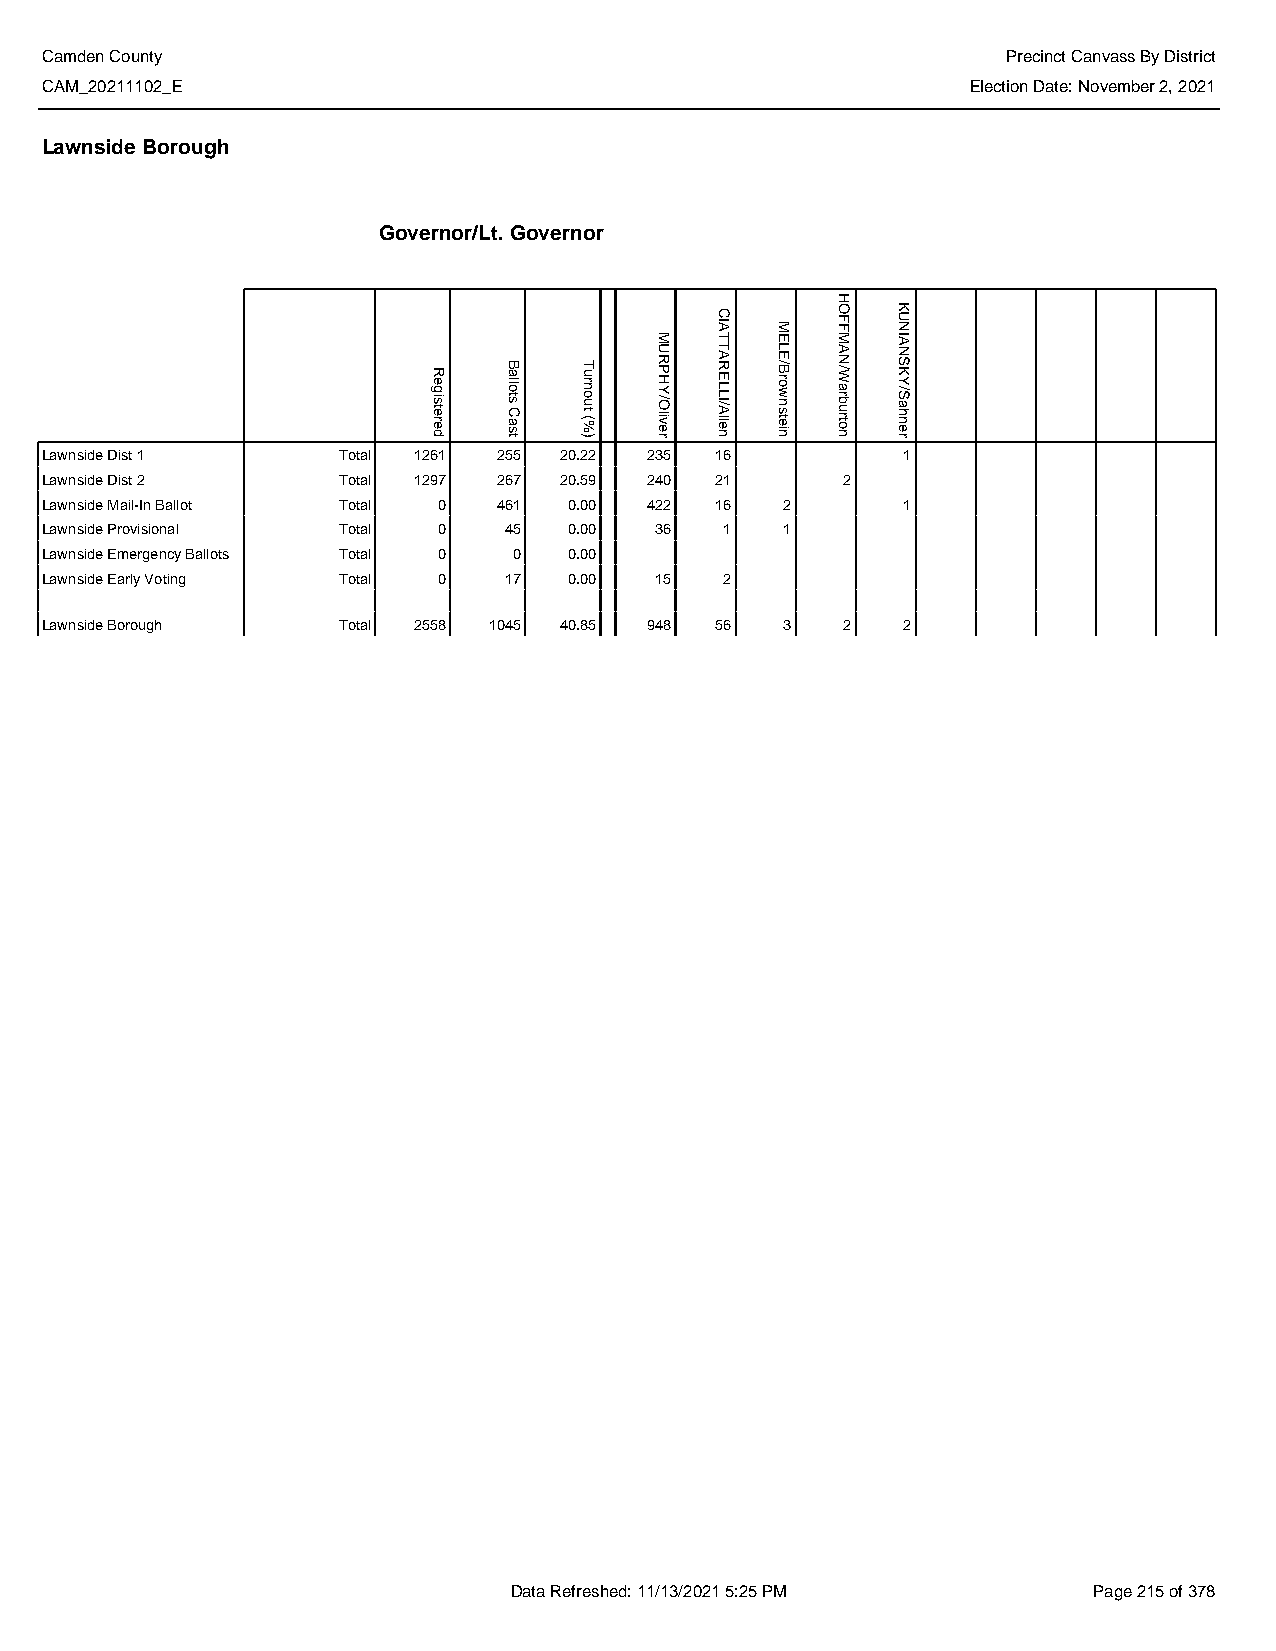
Camden County                                                   Precinct Canvass By District
 CAM_20211102_E                                               Election Date: November 2, 2021
 Lawnside Borough
 Governor/Lt. Governor
 Lawnside Dist 1    Total 1261 255 20.22 235 16           1
 Lawnside Dist 2    Total 1297 267 20.59 240 21       2
 Lawnside Mail-In Ballot Total 0 461 0.00 422 16  2       1
 Lawnside Provisional Total 0  45   0.00 36   1   1
 Lawnside Emergency Ballots Total 0 0 0.00
 Lawnside Early Voting Total 0 17   0.00 15   2
 Lawnside Borough   Total 2558 1045 40.85 948 56  3   2   2
 Data Refreshed: 11/13/2021 5:25 PM    Page 215 of 378
 Registered
 Ballots
 Cast
 Turnout
 (%)
 MURPHY/Oliver
 CIATTARELLI/Allen
 MELE/Brownstein
 HOFFMAN/Warburton
 KUNIANSKY/Sahner